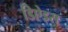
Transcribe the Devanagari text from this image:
डिऐड्स